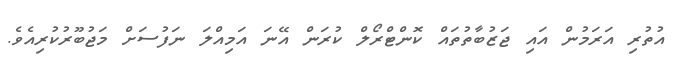
އުތުރި އަރަމުން އައި ޖަޒުބާތުތައް ކޮންޓްރޯލް ކުރަން އޭނަ އަމިއްލަ ނަފުސަށް މަޖުބޫރުކުރިއެވެ.